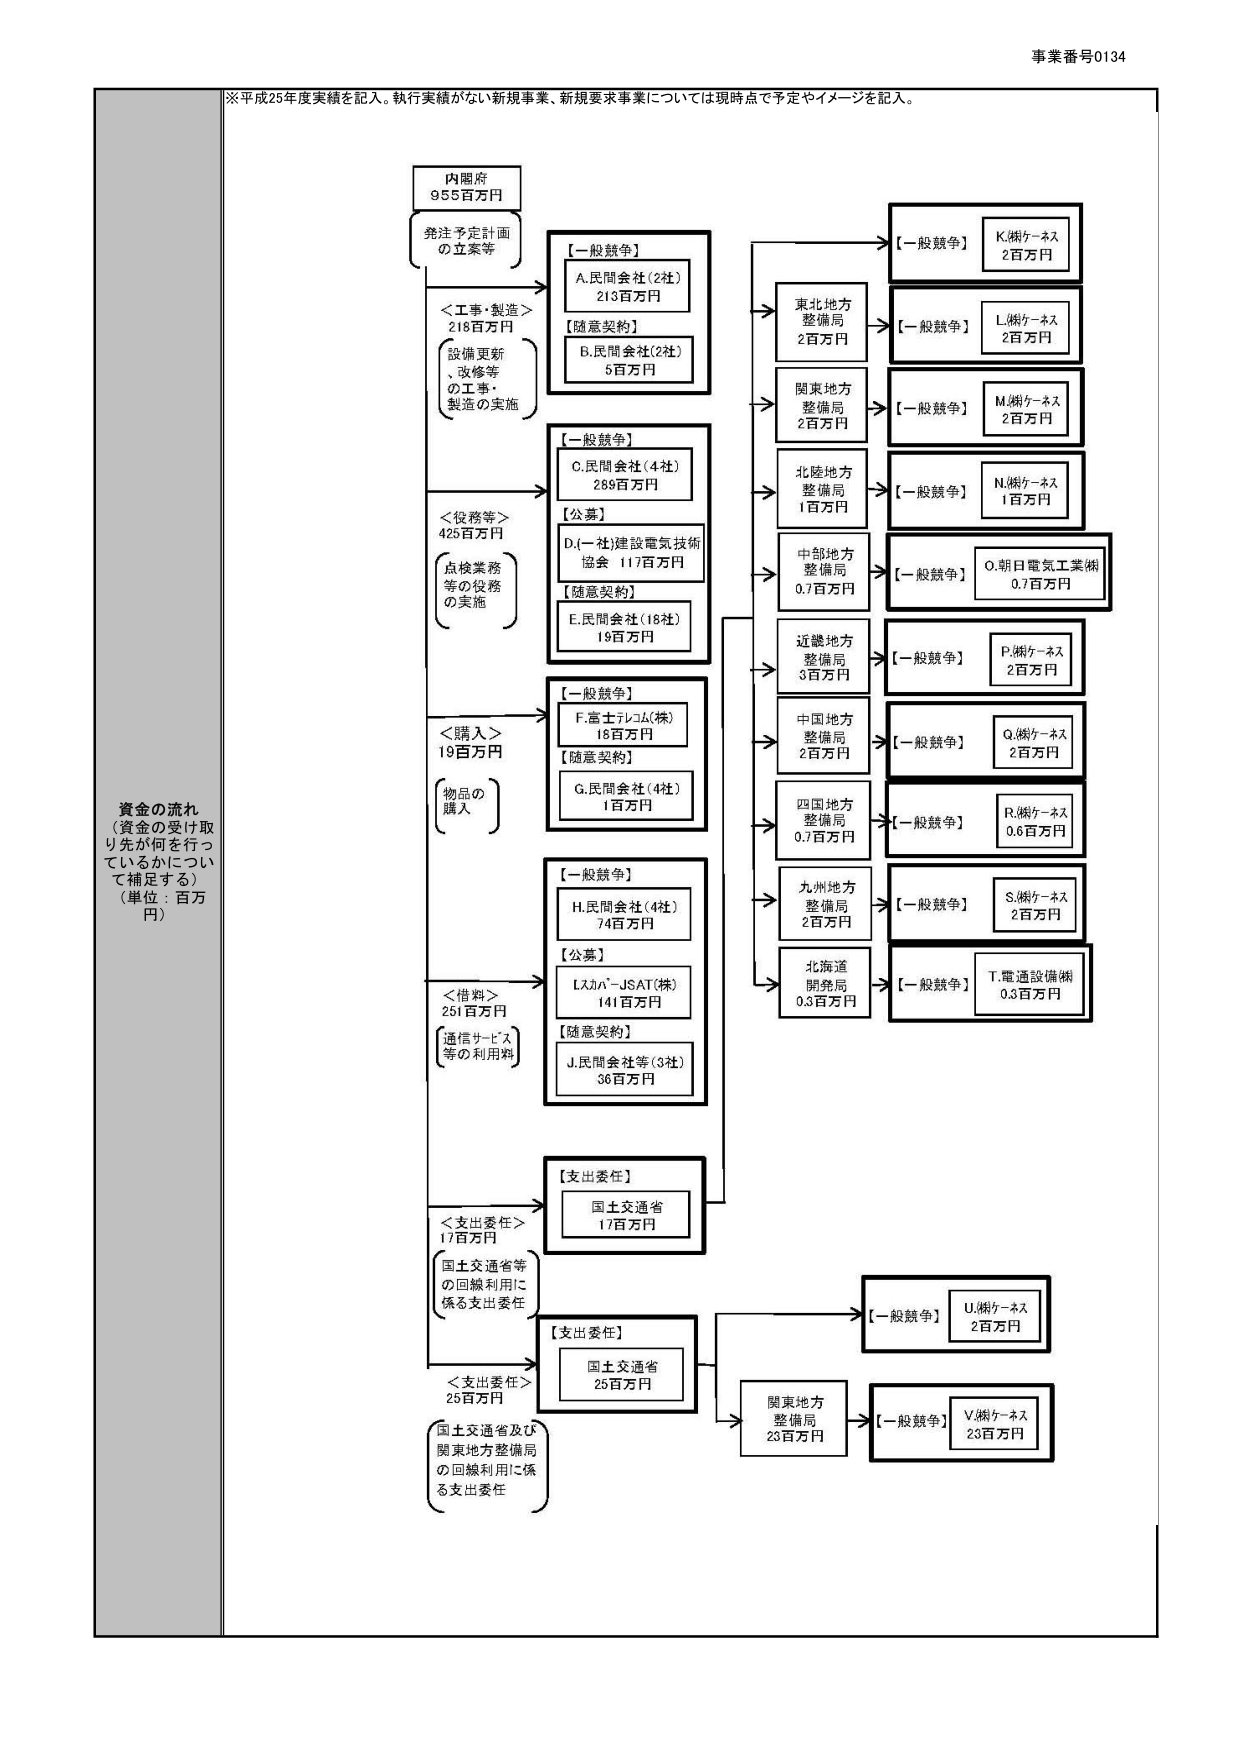
事業番号0134

※平成25年度実績を記入。執行実績がない新規事業、新規要求事業については現時点で予定やイメージを記入。

資金の流れ
（資金の受け取り先が何を行っているかについて補足する）
（単位：百万円）

内閣府
955百万円
発注予定計画の立案等

＜工事・製造＞
218百万円
（設備更新、改修等の工事・製造の実施）

【一般競争】
A.民間会社（2社）
213百万円

【随意契約】
B.民間会社（2社）
5百万円

＜役務等＞
425百万円
（点検業務等の役務の実施）

【一般競争】
C.民間会社（4社）
289百万円

【公募】
D.（一社）建設電気技術協会
117百万円

【随意契約】
E.民間会社（18社）
19百万円

＜購入＞
19百万円
（物品の購入）

【一般競争】
F.富士テレコム（株）
18百万円

【随意契約】
G.民間会社（4社）
1百万円

＜借料＞
251百万円
（通信サービス等の利用料）

【一般競争】
H.民間会社（4社）
74百万円

【公募】
I.スカパーJSAT（株）
141百万円

【随意契約】
J.民間会社等（3社）
36百万円

＜支出委任＞
17百万円
（国土交通省等の回線利用に係る支出委任）

【支出委任】
国土交通省
17百万円

＜支出委任＞
25百万円
（国土交通省及び関東地方整備局の回線利用に係る支出委任）

【支出委任】
国土交通省
25百万円

東北地方整備局
2百万円
→【一般競争】
K.㈱ケーネス
2百万円

関東地方整備局
2百万円
→【一般競争】
L.㈱ケーネス
2百万円

北陸地方整備局
1百万円
→【一般競争】
M.㈱ケーネス
2百万円

中部地方整備局
0.7百万円
→【一般競争】
N.㈱ケーネス
1百万円

近畿地方整備局
3百万円
→【一般競争】
O.朝日電気工業㈱
0.7百万円

中国地方整備局
2百万円
→【一般競争】
P.㈱ケーネス
2百万円

四国地方整備局
0.7百万円
→【一般競争】
Q.㈱ケーネス
2百万円

九州地方整備局
2百万円
→【一般競争】
R.㈱ケーネス
0.6百万円

北海道開発局
0.3百万円
→【一般競争】
S.㈱ケーネス
2百万円

→【一般競争】
T.電通設備㈱
0.3百万円

関東地方整備局
23百万円
→【一般競争】
U.㈱ケーネス
2百万円

→【一般競争】
V.㈱ケーネス
23百万円